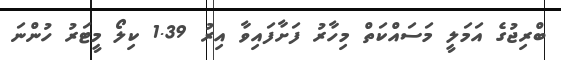
ބްރިޖުގެ އަމަލީ މަސައްކަތް މިހާރު ފަށާފައިވާ އިރު 1.39 ކިލޯ މީޓަރު ހުންނަ